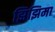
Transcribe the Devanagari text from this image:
झिझिमा